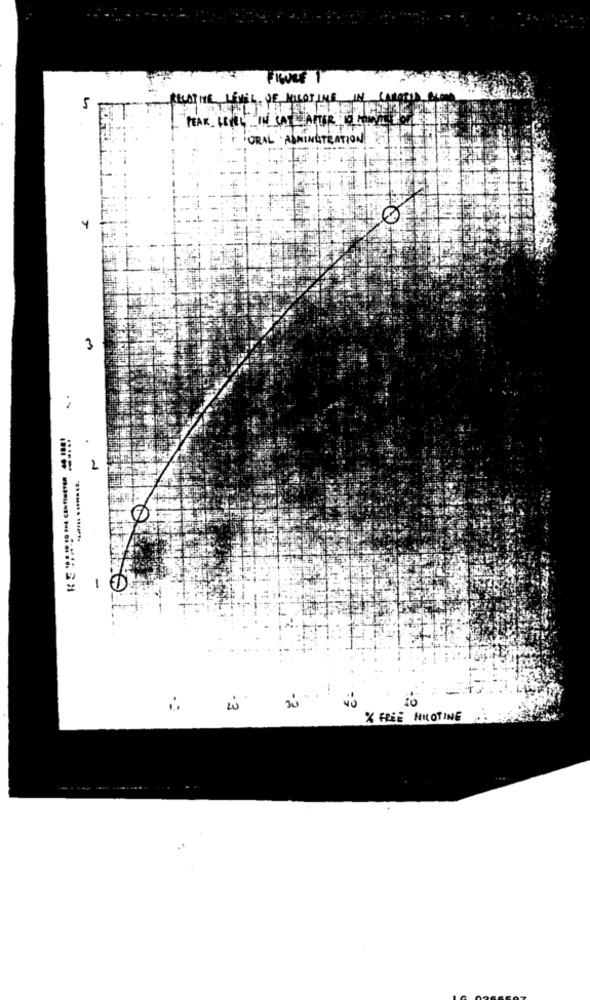
FIGOLF 1
KELATHE LEMEL. JE MILAT INS
IN
5
ORAL ADMINISTRATION
3
2
-
X FREE NICOTINE